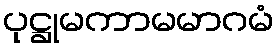
ပုဋ္ဌုမကာမမာဂမံ